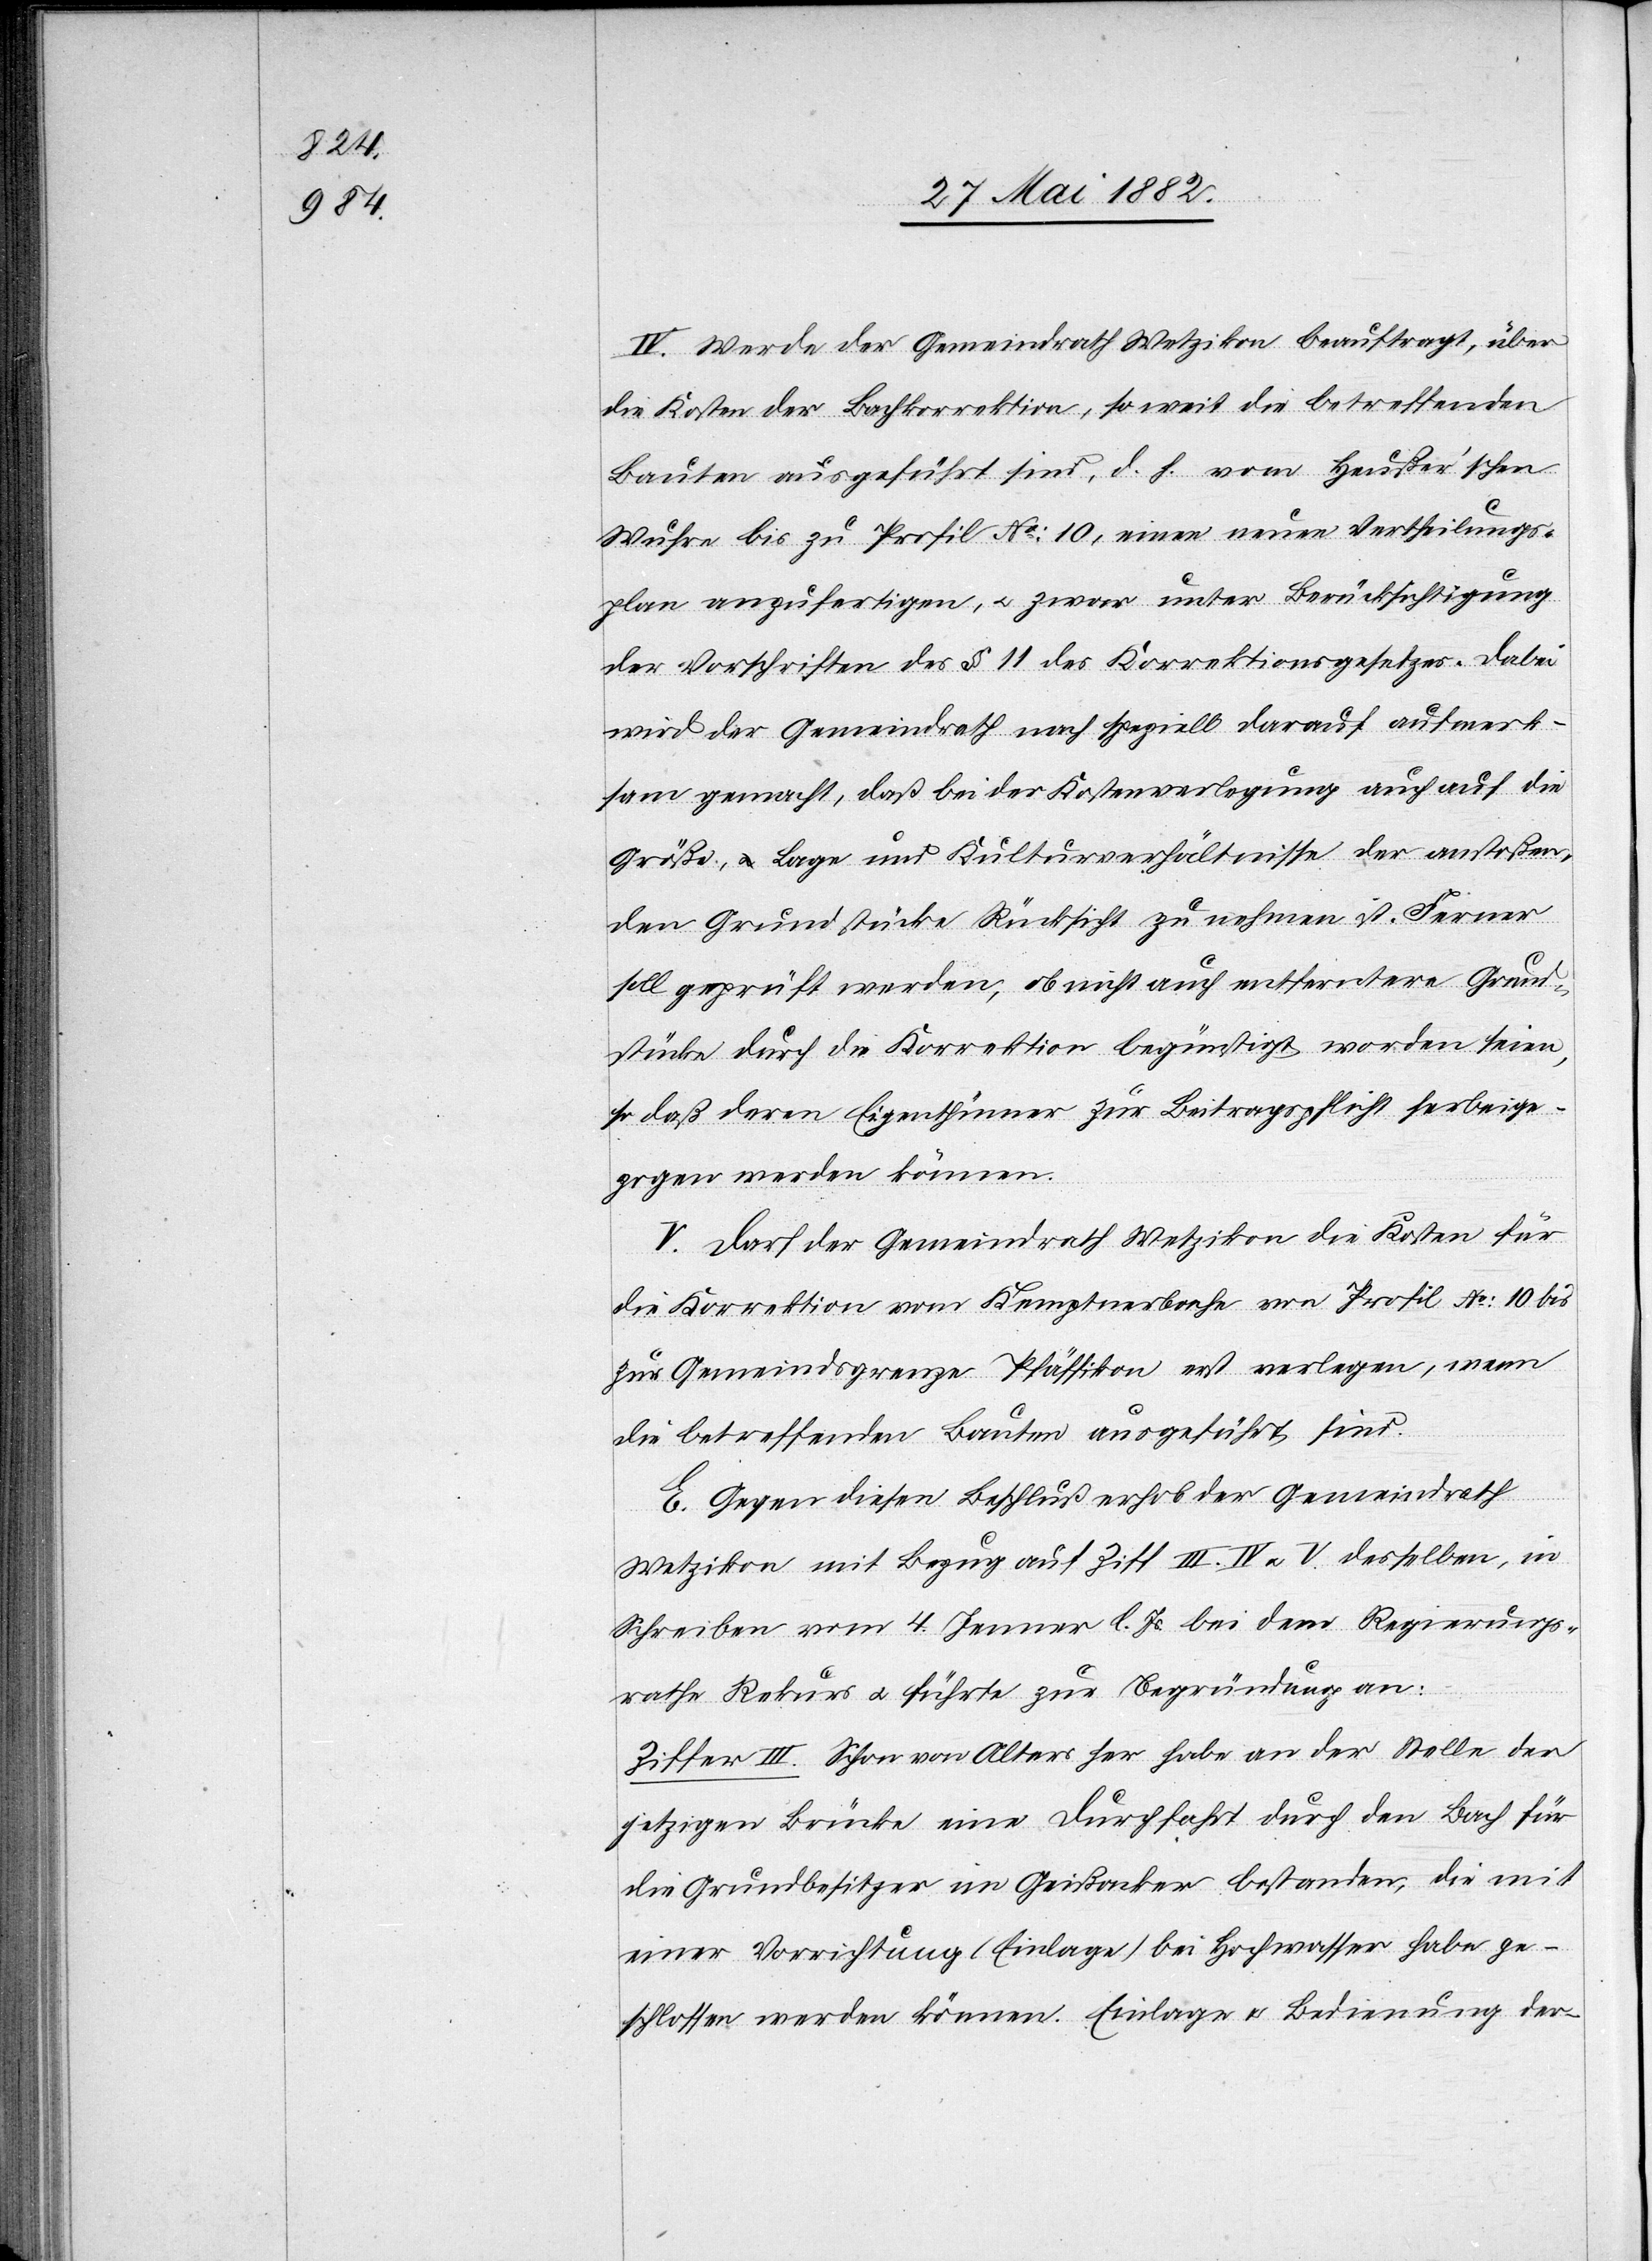
IV. Werde der Gemeindrath Wetzikon beauftragt, über
die Kosten der Bachkorrektion, soweit die betreffenden
Bauten ausgeführt sind, d. h. vom Heußer’schen
Wuhre bis zum Profil No 10, einen neuen Vertheilungs¬
plan anzufertigen, u. zwar unter Berücksichtigung
der Vorschriften des § 11 des Korrektionsgesetzes. Dabei
wird der Gemeindrath noch speziell darauf aufmerk¬
sam gemacht, daß bei der Kostenverlegung auch auf die
Größe, Lage und Kulturverhältnisse der anstoßen¬
den Grundstücke Rücksicht zu nehmen ist. Ferner
soll geprüft werden, ob nicht auch entferntere Grund¬
stücke durch die Korrektion begünstigt worden seien.
so daß deren Eigenthümer zur Beitragspflicht herbeige¬
zogen werden können.
V. Darf der Gemeindrath Wetzikon die Kosten für
die Korrektion vom Kemptnerbache von Profil No 10 bis
zur Gemeindsgrenze Pfäffikon erst verlegen, wenn
die betreffenden Bauten ausgeführt sind.
E. Gegen diesen Beschluß erhob der Gemeindrath
Wetzikon mit Bezug auf Ziff. III, IV u. V desselben, in
Schreiben vom 4. Jenner l. Js. bei dem Regierungs¬
rathe Rekurs u. führte zur Begründung an:
Ziffer III. Schon von Alters her habe an der Stelle der
jetzigen Brücke eine Durchfahrt durch den Bach für
die Grundbesitzer im Gießacker bestanden, die mit
einer Vorrichtung (Einlage) bei Hochwasser habe ge¬
schlossen werden können. Einlage u. Bedienung der-